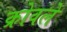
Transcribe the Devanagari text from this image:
क्रोवले